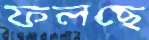
ফলছে